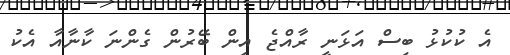
އެ ކުކުޅު ބިސް އަޅަނީ ރާއްޖެ އިން ބޭރުން ގެންނަ ކާނާއާ އެކު